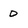
Character: 0